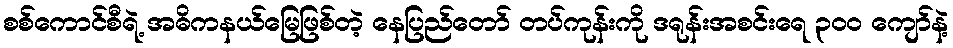
စစ်ကောင်စီရဲ့ အဓိကနယ်မြေဖြစ်တဲ့ နေပြည်တော် တပ်ကုန်းကို ဒရုန်းအစင်းရေ ၃၀၀ ကျော်နဲ့